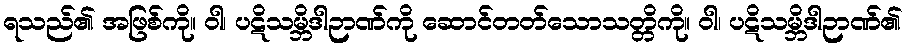
ရသည်၏ အဖြစ်ကို။ ဝါ၊ ပဋိသမ္ဘိဒါဉာဏ်ကို ဆောင်တတ်သောသတ္တိကို။ ဝါ၊ ပဋိသမ္ဘိဒါဉာဏ်၏